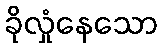
ခိုလှုံနေသော